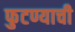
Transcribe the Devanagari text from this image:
फुटण्याची